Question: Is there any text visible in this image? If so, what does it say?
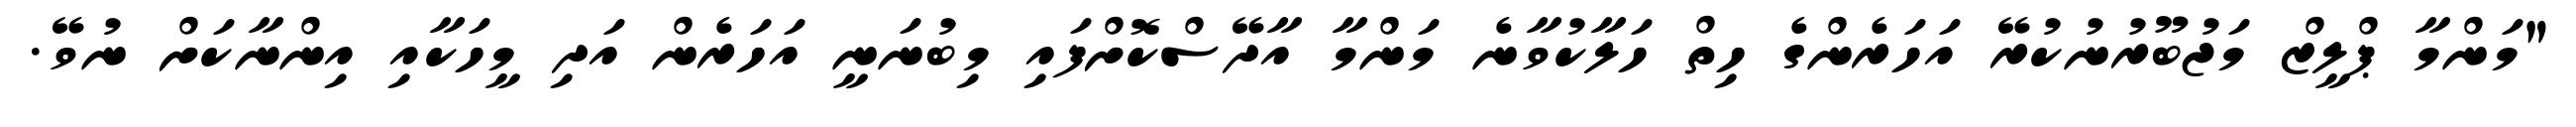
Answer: "މަންމާ ޕްލީޒް މަޖުބޫރުނުކުރޭ އަހަރެންގެ ހިތް ހަލާކުވާނެ މަންމާ އާދޭސްކޮށްފައި މިބުނަނީ އަހަރެން އަދި މީހަކާއި އިންނާކަށް ނުވޭ.